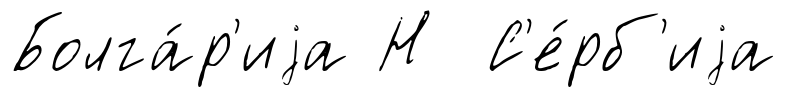
Болга́р'иjа Н С'е́рб'иjа